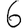
Digit: 6